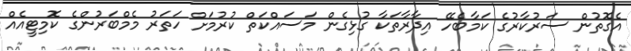
އެގޮތުން ސަރުކާރުގެ ކަމާބެހޭ އިދާރާތަކާ ގުޅިގެން މަސައްކަތް ކުރުމަށް ހަތަރު މެމްބަރުންގެ ކޮމިޓީއެއް